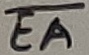
Text: EA